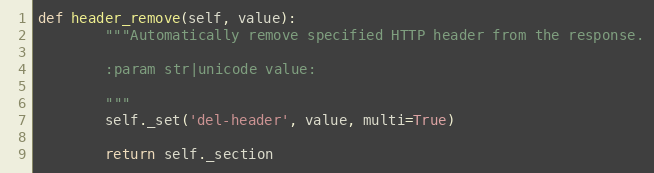
Language: Python
def header_remove(self, value):
        """Automatically remove specified HTTP header from the response.

        :param str|unicode value:

        """
        self._set('del-header', value, multi=True)

        return self._section